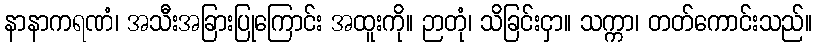
နာနာကရဏံ၊ အသီးအခြားပြုကြောင်း အထူးကို။ ဉာတုံ၊ သိခြင်းငှာ။ သက္ကာ၊ တတ်ကောင်းသည်။